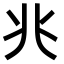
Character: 𫤬